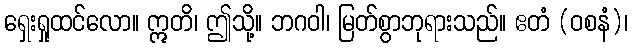
ရှေးရှုထင်လော။ ဣတိ၊ ဤသို့။ ဘဂဝါ၊ မြတ်စွာဘုရားသည်။ ဧတံ (ဝစနံ)၊